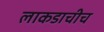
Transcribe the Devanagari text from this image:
लाकडाचीच